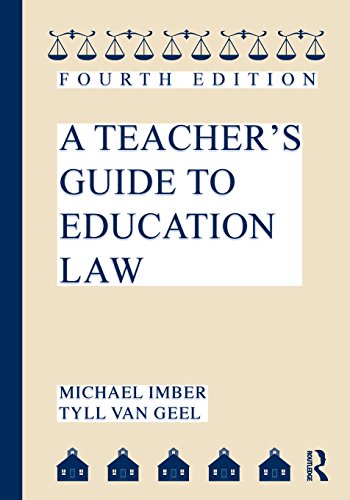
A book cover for A Teacher's Guide to Education Law; Michael Imber; Law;